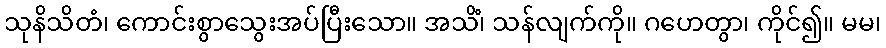
သုနိသိတံ၊ ကောင်းစွာသွေးအပ်ပြီးသော။ အသိံ၊ သန်လျက်ကို။ ဂဟေတွာ၊ ကိုင်၍။ မမ၊